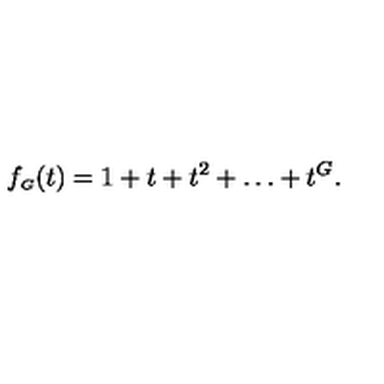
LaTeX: f _ { \scriptscriptstyle G } ( t ) = 1 + t + t ^ { 2 } + \ldots + t ^ { G } .